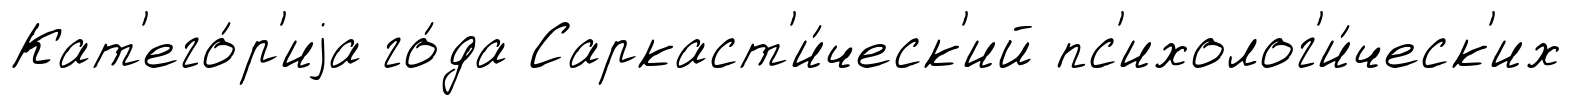
Кат'его́р'иjа го́да Саркаст'и́ческ'ий пс'ихолог'и́ческ'их